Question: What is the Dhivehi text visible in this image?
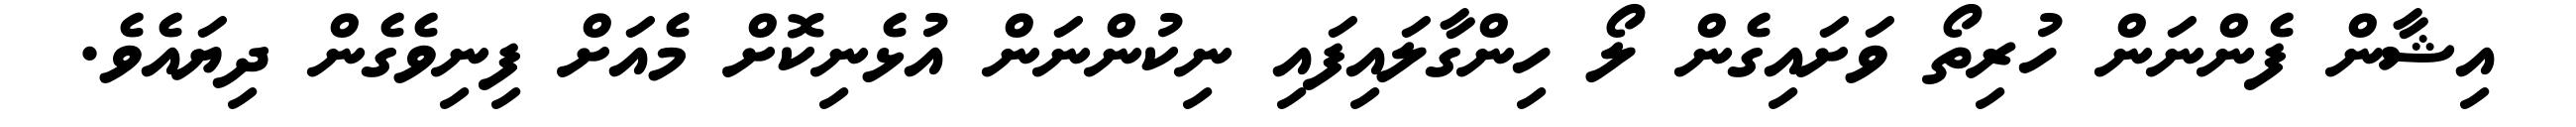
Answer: އިޝާން ފެންނަން ހުރިތޯ ވަށައިގެން ލޯ ހިންގާލައިފައި ނިކުންނަން އުޅެނިކޮށް މެއަށް ފިނިވެގެން ދިޔައެވެ.